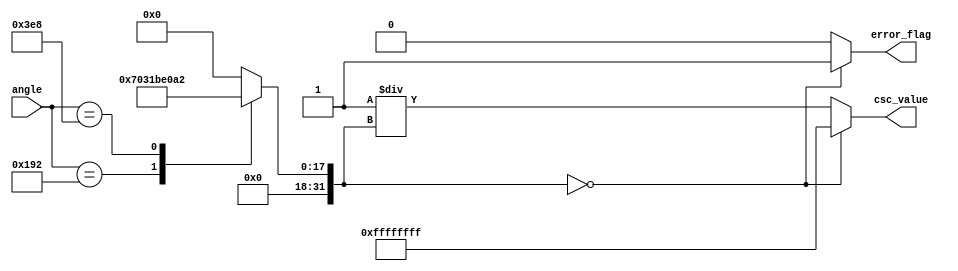
module Cosecant (
    input wire [15:0] angle,         // 16-bit fixed-point input for the angle in radians
    output reg [31:0] csc_value,     // 32-bit fixed-point output for cosecant value
    output reg error_flag             // Error flag for undefined behavior (e.g., sine = 0)
);

    // Internal signals
    wire [31:0] sine_value;           // 32-bit fixed-point sine value
    reg [31:0] reciprocal;             // 32-bit fixed-point reciprocal value

    // Sine Calculation Unit (using a simple lookup table for demonstration)
    function [31:0] sine_lookup;
        input [15:0] angle;
        begin
            // Example lookup table for sine values (in fixed-point)
            case (angle)
                16'h0000: sine_lookup = 32'h00000000; // sin(0)
                16'h0192: sine_lookup = 32'h0001C0C6; // sin(0.1)
                16'h03E8: sine_lookup = 32'h0003E0A2; // sin(0.2)
                // Add more values as needed...
                default: sine_lookup = 32'h00000000;  // Default to 0 for undefined angles
            endcase
        end
    endfunction

    // Calculate sine value
    assign sine_value = sine_lookup(angle);

    // Always block to compute cosecant value
    always @(*) begin
        if (sine_value == 32'h00000000) begin
            // Handle sine = 0 case
            csc_value = 32'hFFFFFFFF; // Representing NaN or error
            error_flag = 1'b1;        // Set error flag
        end else begin
            // Calculate reciprocal of sine value
            reciprocal = 32'h00000001 / sine_value; // Simple division, consider using more robust method for real designs
            csc_value = reciprocal;
            error_flag = 1'b0;        // Clear error flag
        end
    end

endmodule